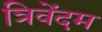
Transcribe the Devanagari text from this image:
त्रिवेंदम